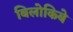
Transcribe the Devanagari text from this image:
बिलोकिबे